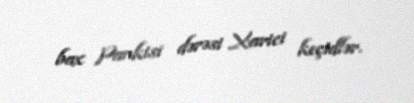
bax Pankisi dərəsi Xarici keçidlər.